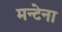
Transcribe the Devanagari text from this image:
मन्टेना